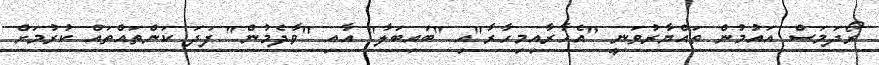
ރޯދަމަސް އައުމުން ތައްޔާރުވަނީ "އެހާރާއިމިހާރާ"އި "ބައިބަލާ" އާއި "ވާދެމުން" ފަދަ ކަންތައްތައް ކުރުމަށް